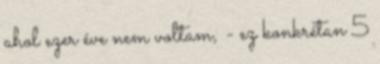
ahol ezer éve nem voltam, - ez konkrétan 5